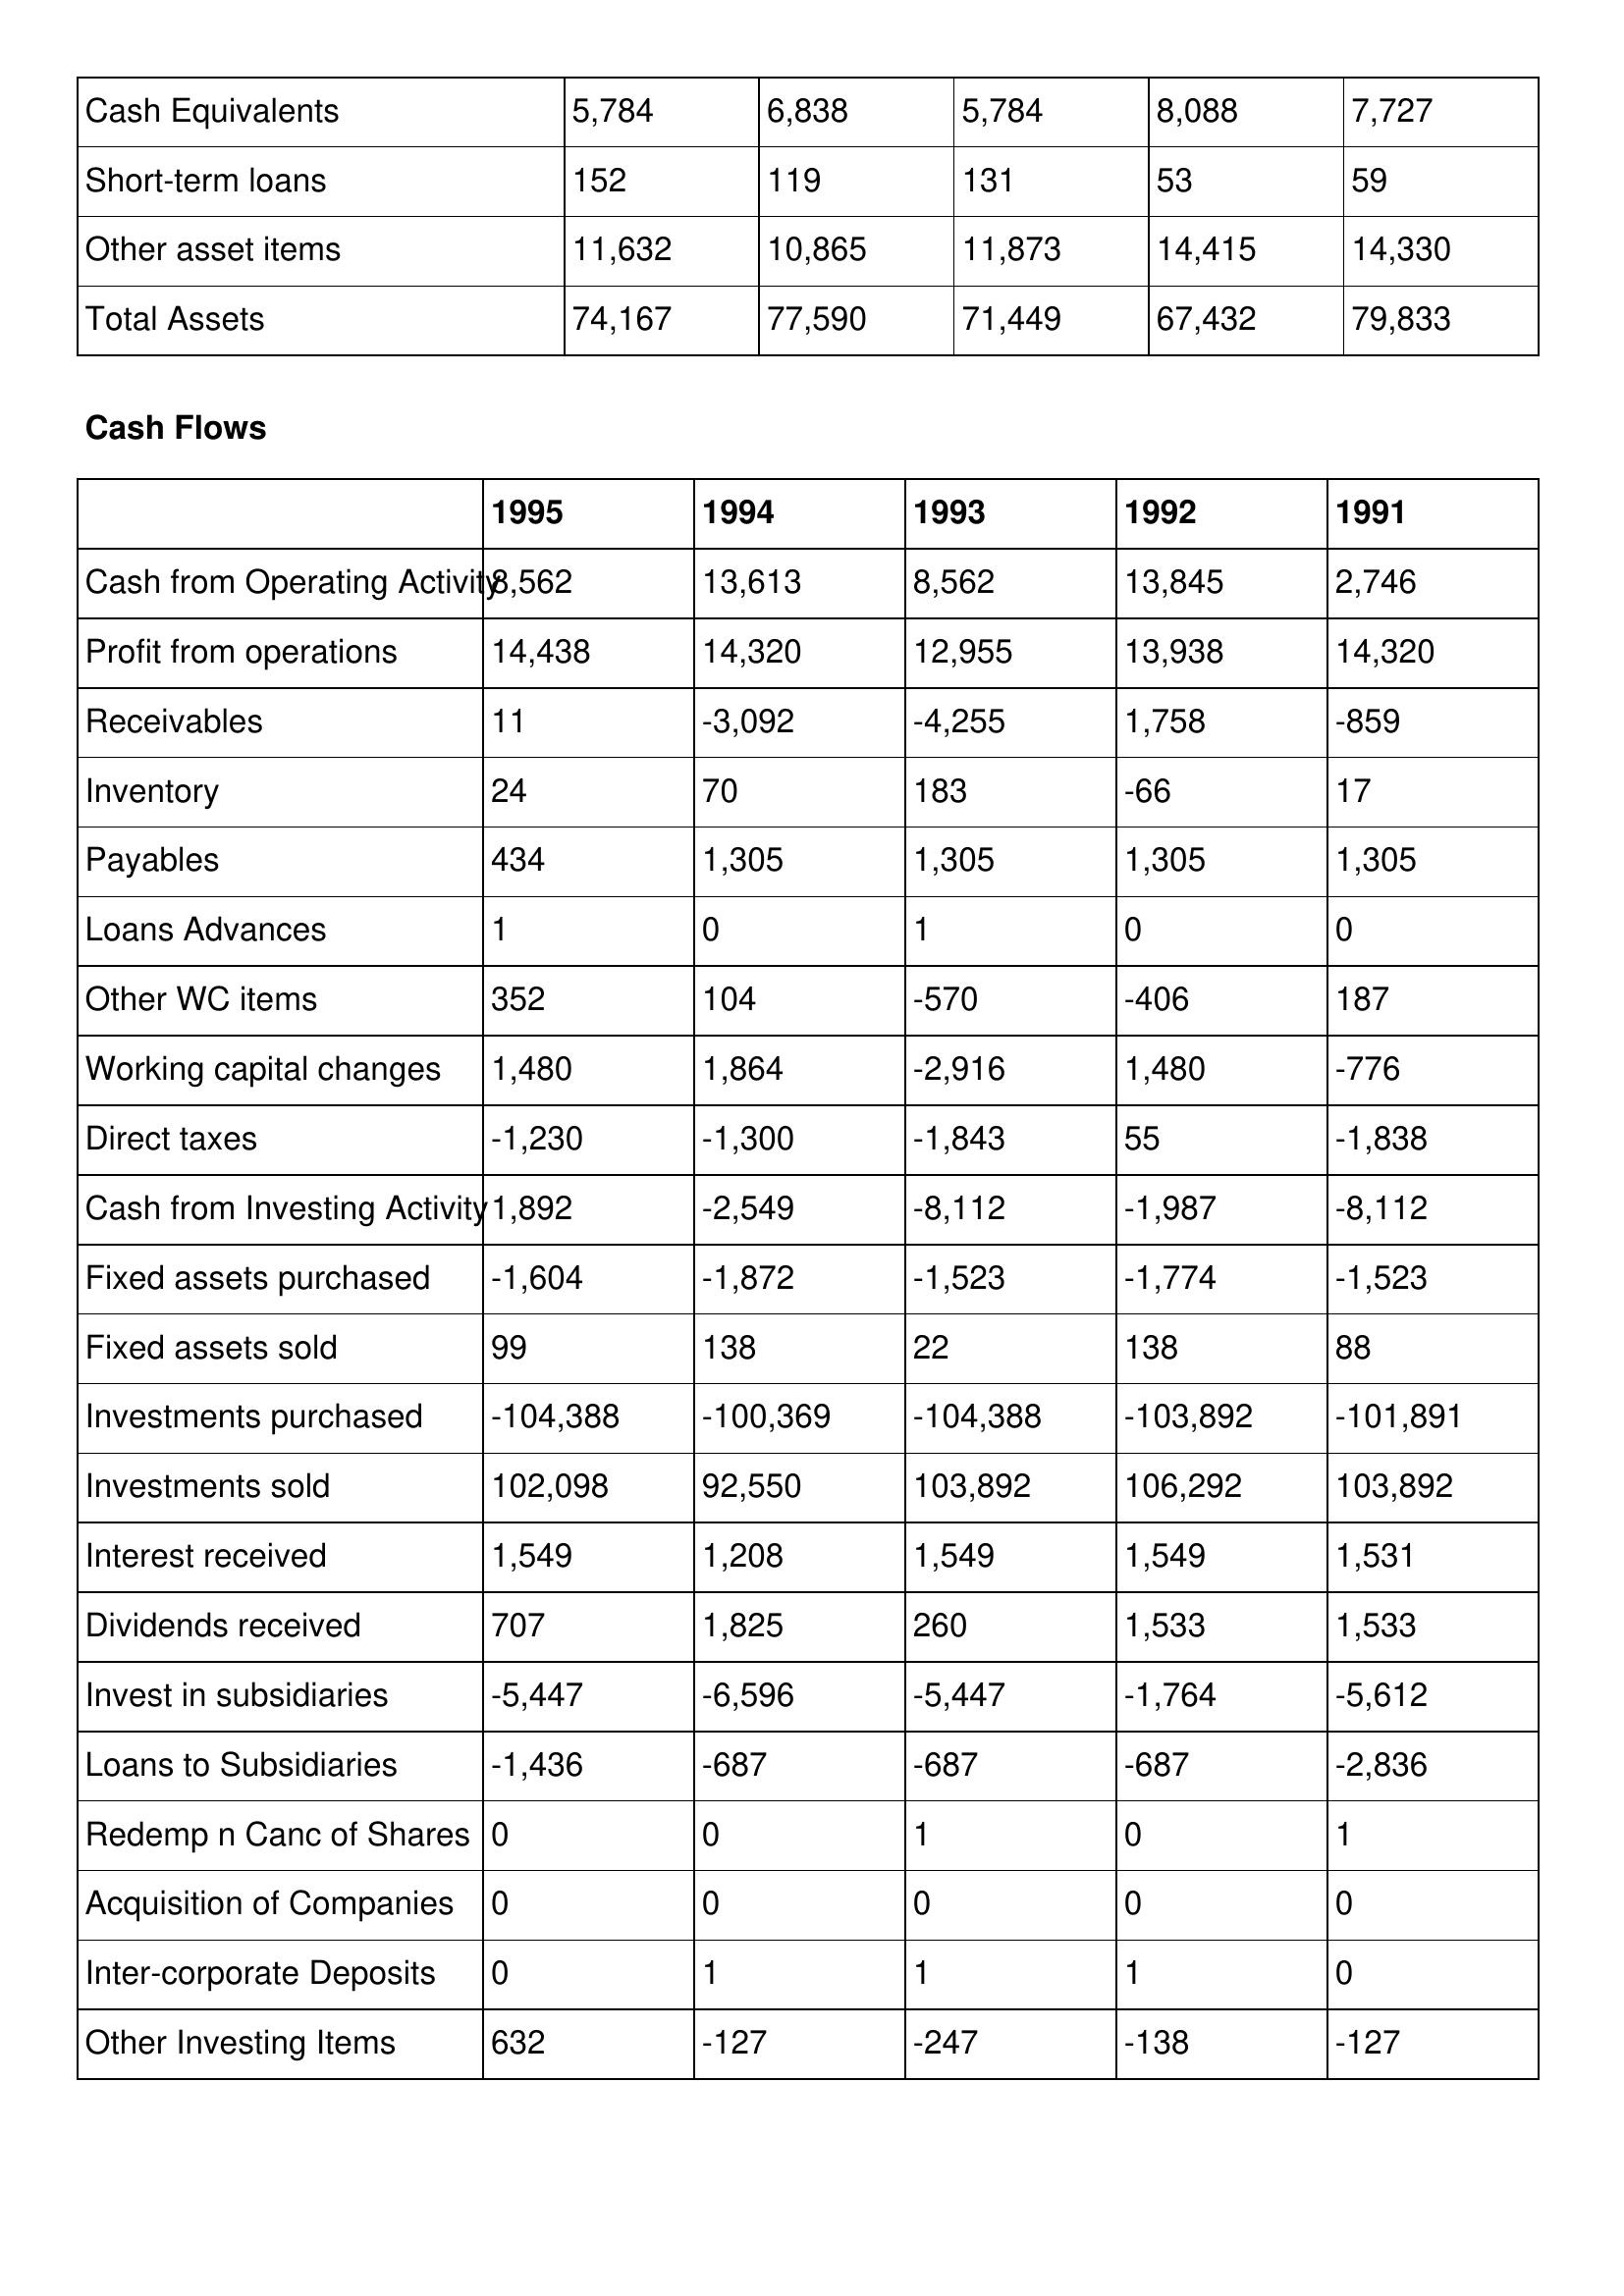
gt_parse: 1995: Balance Sheet: Cash Equivalents: 5,784
Short-term loans: 152
Other asset items: 11,632
Total Assets: 74,167
Cash Flows: Cash from Operating Activity: 8,562
Profit from operations: 14,438
Receivables: 11
Inventory: 24
Payables: 434
Loans Advances: 1
Other WC items: 352
Working capital changes: 1,480
Direct taxes: -1,230
Cash from Investing Activity: 1,892
Fixed assets purchased: -1,604
Fixed assets sold: 99
Investments purchased: -104,388
Investments sold: 102,098
Interest received: 1,549
Dividends received: 707
Invest in subsidiaries: -5,447
Loans to Subsidiaries: -1,436
Redemp n Canc of Shares: 0
Acquisition of Companies: 0
Inter-corporate Deposits: 0
Other Investing Items: 632
1994: Balance Sheet: Cash Equivalents: 6,838
Short-term loans: 119
Other asset items: 10,865
Total Assets: 77,590
Cash Flows: Cash from Operating Activity: 13,613
Profit from operations: 14,320
Receivables: -3,092
Inventory: 70
Payables: 1,305
Loans Advances: 0
Other WC items: 104
Working capital changes: 1,864
Direct taxes: -1,300
Cash from Investing Activity: -2,549
Fixed assets purchased: -1,872
Fixed assets sold: 138
Investments purchased: -100,369
Investments sold: 92,550
Interest received: 1,208
Dividends received: 1,825
Invest in subsidiaries: -6,596
Loans to Subsidiaries: -687
Redemp n Canc of Shares: 0
Acquisition of Companies: 0
Inter-corporate Deposits: 1
Other Investing Items: -127
1993: Balance Sheet: Cash Equivalents: 5,784
Short-term loans: 131
Other asset items: 11,873
Total Assets: 71,449
Cash Flows: Cash from Operating Activity: 8,562
Profit from operations: 12,955
Receivables: -4,255
Inventory: 183
Payables: 1,305
Loans Advances: 1
Other WC items: -570
Working capital changes: -2,916
Direct taxes: -1,843
Cash from Investing Activity: -8,112
Fixed assets purchased: -1,523
Fixed assets sold: 22
Investments purchased: -104,388
Investments sold: 103,892
Interest received: 1,549
Dividends received: 260
Invest in subsidiaries: -5,447
Loans to Subsidiaries: -687
Redemp n Canc of Shares: 1
Acquisition of Companies: 0
Inter-corporate Deposits: 1
Other Investing Items: -247
1992: Balance Sheet: Cash Equivalents: 8,088
Short-term loans: 53
Other asset items: 14,415
Total Assets: 67,432
Cash Flows: Cash from Operating Activity: 13,845
Profit from operations: 13,938
Receivables: 1,758
Inventory: -66
Payables: 1,305
Loans Advances: 0
Other WC items: -406
Working capital changes: 1,480
Direct taxes: 55
Cash from Investing Activity: -1,987
Fixed assets purchased: -1,774
Fixed assets sold: 138
Investments purchased: -103,892
Investments sold: 106,292
Interest received: 1,549
Dividends received: 1,533
Invest in subsidiaries: -1,764
Loans to Subsidiaries: -687
Redemp n Canc of Shares: 0
Acquisition of Companies: 0
Inter-corporate Deposits: 1
Other Investing Items: -138
1991: Balance Sheet: Cash Equivalents: 7,727
Short-term loans: 59
Other asset items: 14,330
Total Assets: 79,833
Cash Flows: Cash from Operating Activity: 2,746
Profit from operations: 14,320
Receivables: -859
Inventory: 17
Payables: 1,305
Loans Advances: 0
Other WC items: 187
Working capital changes: -776
Direct taxes: -1,838
Cash from Investing Activity: -8,112
Fixed assets purchased: -1,523
Fixed assets sold: 88
Investments purchased: -101,891
Investments sold: 103,892
Interest received: 1,531
Dividends received: 1,533
Invest in subsidiaries: -5,612
Loans to Subsidiaries: -2,836
Redemp n Canc of Shares: 1
Acquisition of Companies: 0
Inter-corporate Deposits: 0
Other Investing Items: -127